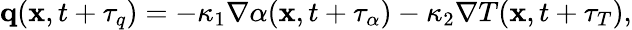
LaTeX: \begin{array}{r}{\mathbf q(\mathbf x,t+\tau_{q})=-\kappa_{1}\nabla\alpha(\mathbf x,t+\tau_{\alpha})-\kappa_{2}\nabla T(\mathbf x,t+\tau_{T}),}\end{array}